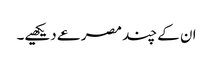
ان کے چند مصرعے دیکھیے۔